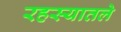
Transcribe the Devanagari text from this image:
रहस्यातले